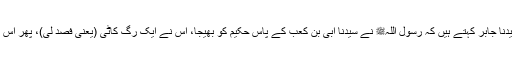
1482: سیدنا جابرؓ کہتے ہیں کہ رسول اللہﷺ نے سیدنا ابی بن کعبؓ کے پاس حکیم کو بھیجا، اس نے ایک رگ کاٹی (یعنی فصد لی)، پھر اس پر داغ دیا۔